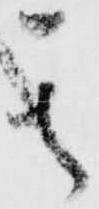
其